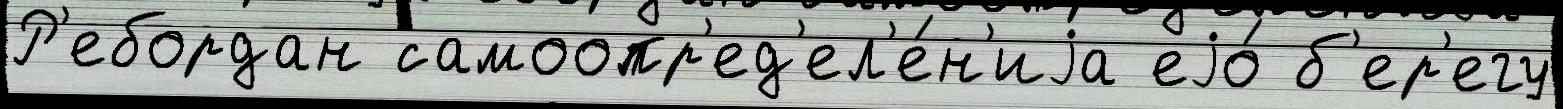
Р'ебордан самоопр'ед'ел'е́н'иjа еjо́ б'ер'егу